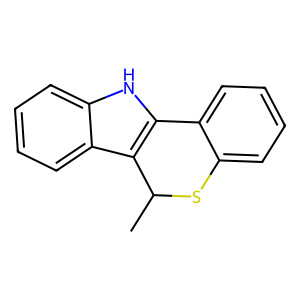
SMILES: CC1Sc2ccccc2-c2[nH]c3ccccc3c21
Inhibits HIV replication: No